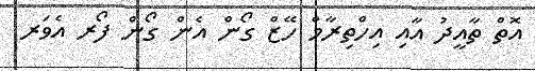
އޮތް ތާއީދު އާއި އިހްތިރާމް ހޭޒް ގޯން އެން ގޯން ފޯރ އެވަރ